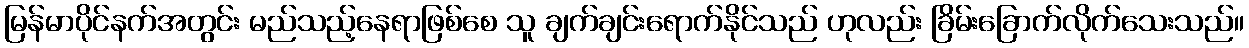
မြန်မာပိုင်နက်အတွင်း မည်သည့်နေရာဖြစ်စေ သူ ချက်ချင်းရောက်နိုင်သည် ဟုလည်း ခြိမ်းခြောက်လိုက်သေးသည်။